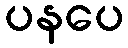
ပနပေ